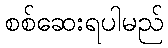
စစ်ဆေးရပါမည်